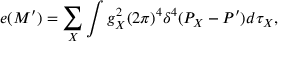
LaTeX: e ( M ^ { \prime } ) = \sum _ { X } \int g _ { X } ^ { 2 } ( 2 \pi ) ^ { 4 } \delta ^ { 4 } ( P _ { X } - P ^ { \prime } ) d \tau _ { X } , \,